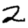
Digit: 2